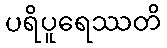
ပရိပူရေဿတိ